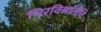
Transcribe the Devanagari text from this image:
चिरविश्रांतीचे